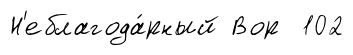
Н'еблагода́рный Вор 102